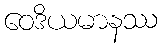
ဝေဒိယမာနဿ